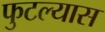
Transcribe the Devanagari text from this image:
फुटल्यास